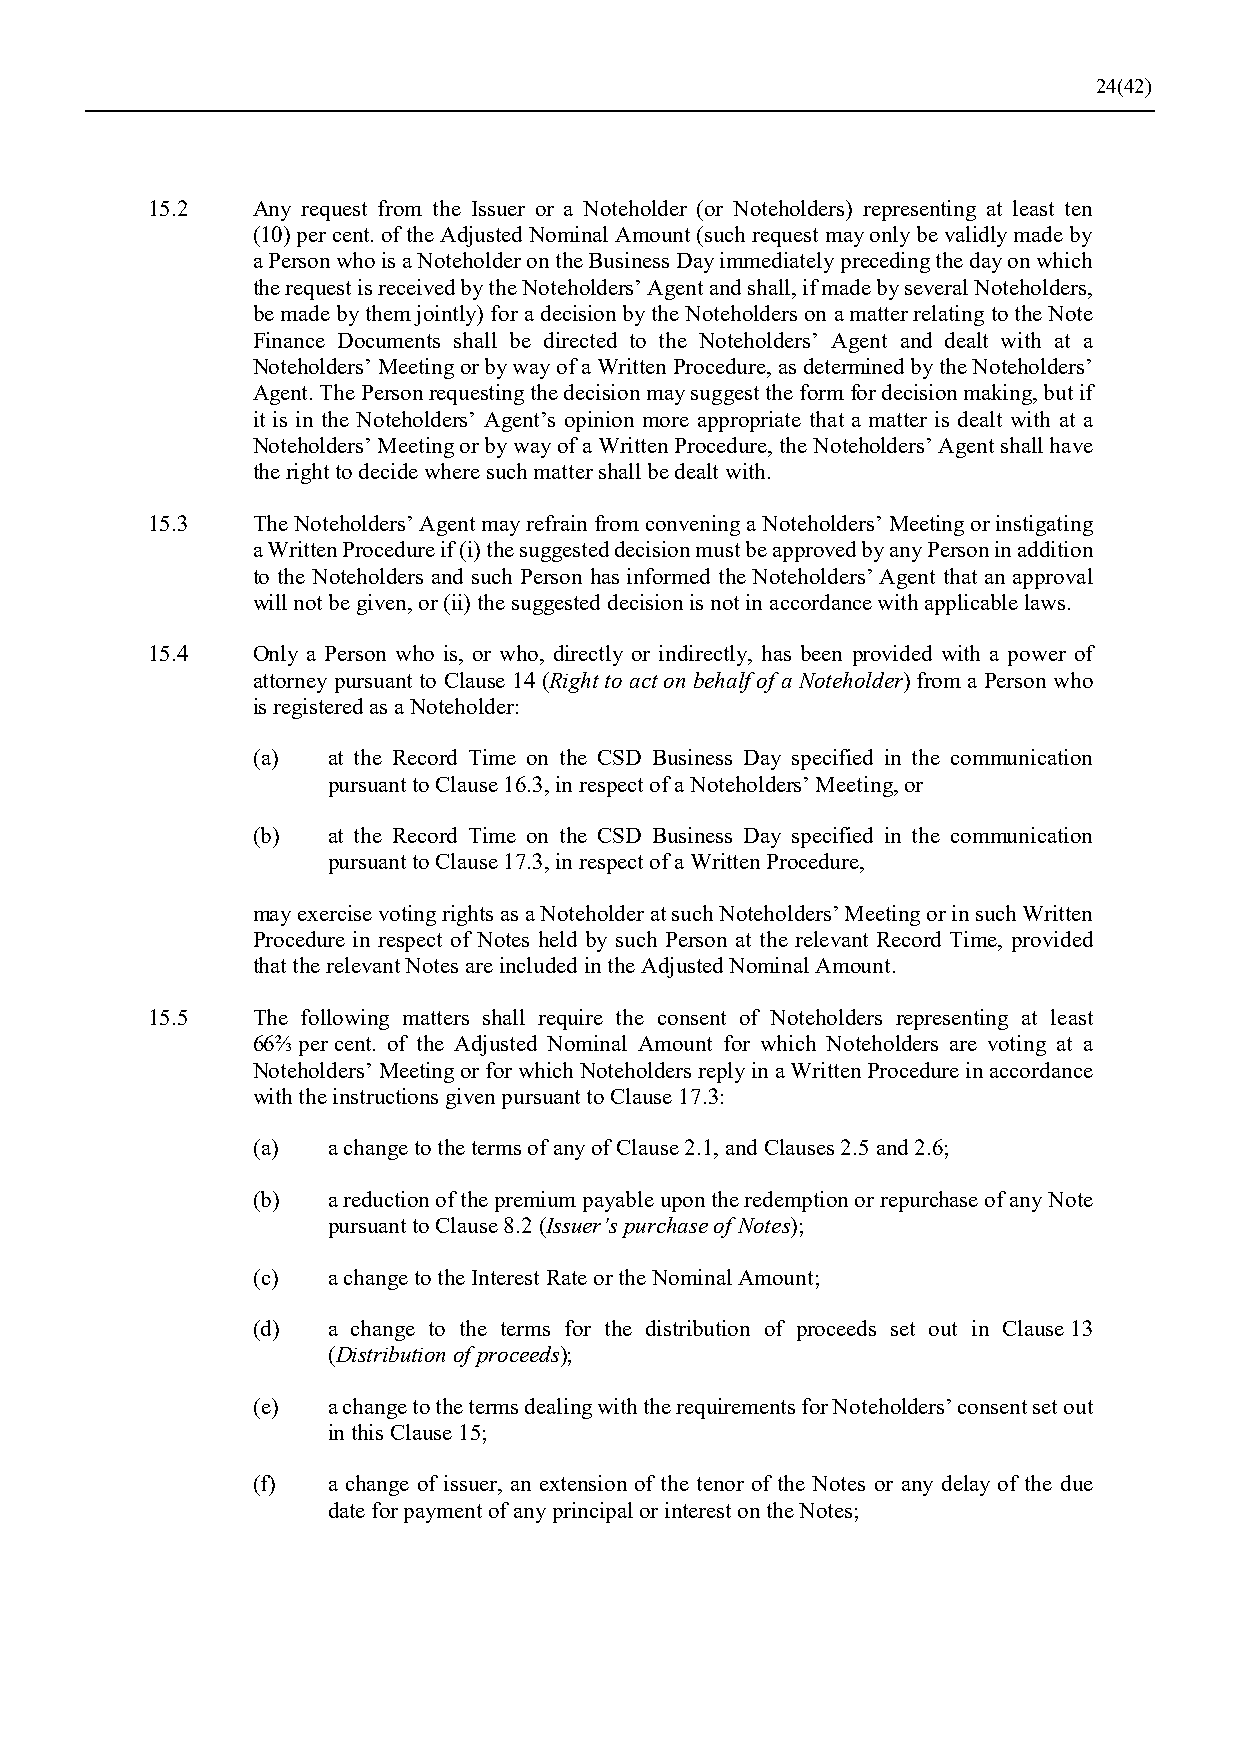
24(42)
 15.2   Any request from the Issuer or a Noteholder (or Noteholders) representing at least ten
 (10) per cent. of the Adjusted Nominal Amount (such request may only be validly made by
 a Person who is a Noteholder on the Business Day immediately preceding the day on which
 the request is received by the Noteholders’ Agent and shall, if made by several Noteholders,
 be made by them jointly) for a decision by the Noteholders on a matter relating to the Note
 Finance Documents shall be directed to the Noteholders’ Agent and dealt with at a
 Noteholders’ Meeting or by way of a Written Procedure, as determined by the Noteholders’
 Agent. The Person requesting the decision may suggest the form for decision making, but if
 it is in the Noteholders’ Agent’s opinion more appropriate that a matter is dealt with at a
 Noteholders’ Meeting or by way of a Written Procedure, the Noteholders’ Agent shall have
 the right to decide where such matter shall be dealt with.
 15.3   The Noteholders’ Agent may refrain from convening a Noteholders’ Meeting or instigating
 a Written Procedure if (i) the suggested decision must be approved by any Person in addition
 to the Noteholders and such Person has informed the Noteholders’ Agent that an approval
 will not be given, or (ii) the suggested decision is not in accordance with applicable laws.
 15.4   Only a Person who is, or who, directly or indirectly, has been provided with a power of
 attorney pursuant to Clause 14 (Right to act on behalf of a Noteholder) from a Person who
 is registered as a Noteholder:
 (a)  at the Record Time on the CSD Business Day specified in the communication
 pursuant to Clause 16.3, in respect of a Noteholders’ Meeting, or
 (b)  at the Record Time on the CSD Business Day specified in the communication
 pursuant to Clause 17.3, in respect of a Written Procedure,
 may exercise voting rights as a Noteholder at such Noteholders’ Meeting or in such Written
 Procedure in respect of Notes held by such Person at the relevant Record Time, provided
 that the relevant Notes are included in the Adjusted Nominal Amount.
 15.5   The following matters shall require the consent of Noteholders representing at least
 66⅔ per cent. of the Adjusted Nominal Amount for which Noteholders are voting at a
 Noteholders’ Meeting or for which Noteholders reply in a Written Procedure in accordance
 with the instructions given pursuant to Clause 17.3:
 (a)  a change to the terms of any of Clause 2.1, and Clauses 2.5 and 2.6;
 (b)  a reduction of the premium payable upon the redemption or repurchase of any Note
 pursuant to Clause 8.2 (Issuer’s purchase of Notes);
 (c)  a change to the Interest Rate or the Nominal Amount;
 (d)  a change to the terms for the distribution of proceeds set out in Clause 13
 (Distribution of proceeds);
 (e)  a change to the terms dealing with the requirements for Noteholders’ consent set out
 in this Clause 15;
 (f)  a change of issuer, an extension of the tenor of the Notes or any delay of the due
 date for payment of any principal or interest on the Notes;